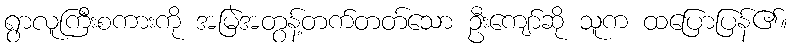
ရွာလူကြီးစကားကို အမြဲအတွန့်တက်တတ်သော ဦးကျော်ဆို သူက ထပြောပြန်၏။